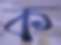
ক